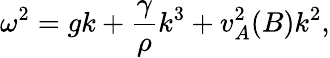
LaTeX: \omega^{2}=gk+\frac{\gamma}{\rho}k^{3}+v_{A}^{2}(B)k^{2},